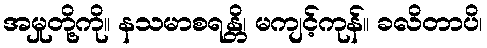
အမှုတို့ကို။ နသမာစရန္တိ၊ မကျင့်ကုန်။ ခလိတာပိ၊